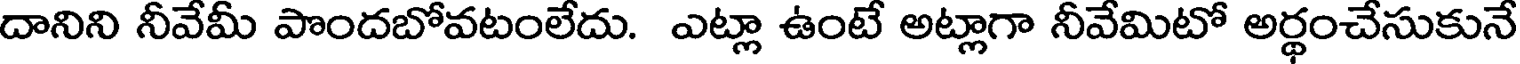
దానిని నీవేమీ పొందబోవటంలేదు. ఎట్లా ఉంటే అట్లాగా నీవేమిటో అర్థంచేసుకునే